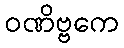
ဝဏိဗ္ဗကေ